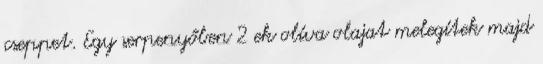
cseppet. Egy serpenyőben 2 ek olíva olajat melegítek majd